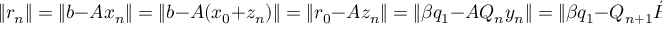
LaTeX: \| r _ { n } \| = \| b - A x _ { n } \| = \| b - A ( x _ { 0 } + z _ { n } ) \| = \| r _ { 0 } - A z _ { n } \| = \| \beta q _ { 1 } - A Q _ { n } y _ { n } \| = \| \beta q _ { 1 } - Q _ { n + 1 } { \tilde { H } } _ { n } y _ { n } \| = \| Q _ { n + 1 } ( \beta e _ { 1 } - { \tilde { H } } _ { n } y _ { n } ) \| = \| \beta e _ { 1 } - { \tilde { H } } _ { n } y _ { n } \| ,